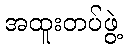
အထူးတပ်ဖွဲ့